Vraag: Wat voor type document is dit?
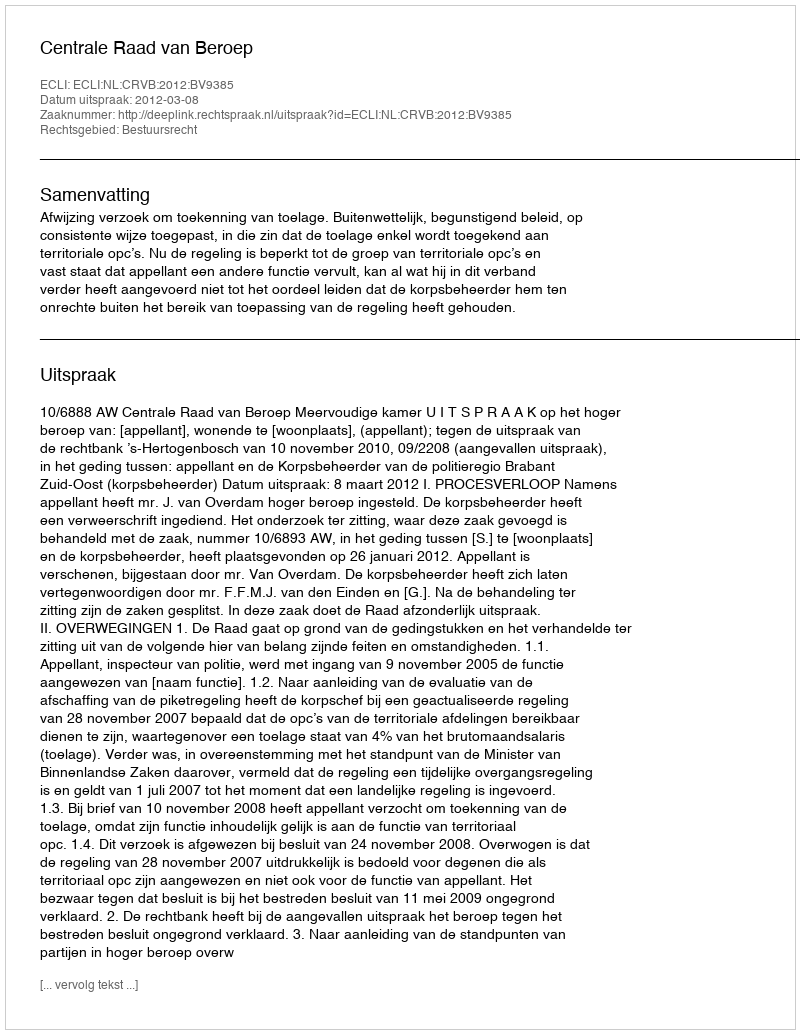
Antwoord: Uitspraak